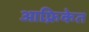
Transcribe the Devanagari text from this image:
आफ़्रिकेत